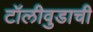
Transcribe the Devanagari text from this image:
टॉलीवुडाची